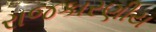
રાજકારણીય